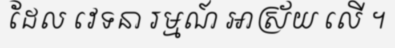
ដែល វេទនា រម្មណ៍ អាស្រ័យ លើ ។